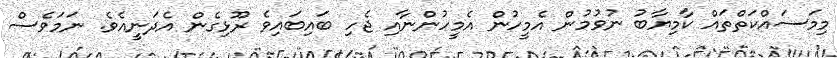
މިމަސައްކަތްތައް ކާމިޔާބު ނުވުމުން އެމީހުން އެމީހުންނާއި ޖެހި ބައިބައިވެ ރޫޅިގެން އެދަނީއެވެ. ނަމަވެސް